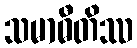
သမာဓီတိဿ